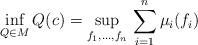
LaTeX: \begin{gather*}\inf_{Q\in M}Q(c)=\sup_{f_1,\ldots,f_n}\,\sum_{i=1}^n\mu_i(f_i)\end{gather*}